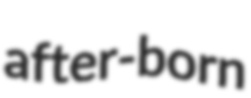
after-born